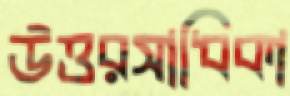
উত্তরসাধিকা